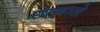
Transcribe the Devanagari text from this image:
छतवाले